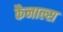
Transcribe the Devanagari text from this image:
कैनाल्स